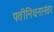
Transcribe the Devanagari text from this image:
पतीनिधनानंतर